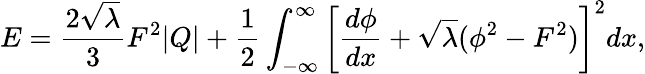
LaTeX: E={\frac{2\sqrt{\lambda}}{3}}F^{2}|Q|+{\frac{1}{2}}\int_{-\infty}^{\infty}\left[{\frac{d\phi}{dx}}+\sqrt{\lambda}(\phi^{2}-F^{2})\right]^{2}dx,